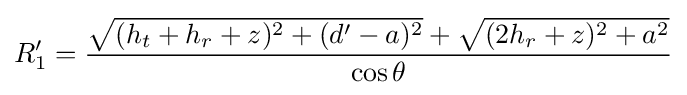
R_{1}'={\frac {{\sqrt {(h_{t}+h_{r}+z)^{2}+(d'-a)^{2}}}+{\sqrt {(2h_{r}+z)^{2}+a^{2}}}}{\cos \theta }}